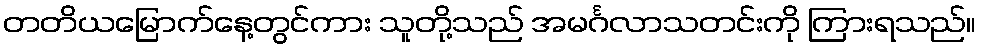
တတိယမြောက်နေ့တွင်ကား သူတို့သည် အမင်္ဂလာသတင်းကို ကြားရသည်။